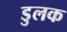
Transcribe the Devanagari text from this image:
डुलक